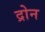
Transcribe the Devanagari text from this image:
द्रोन